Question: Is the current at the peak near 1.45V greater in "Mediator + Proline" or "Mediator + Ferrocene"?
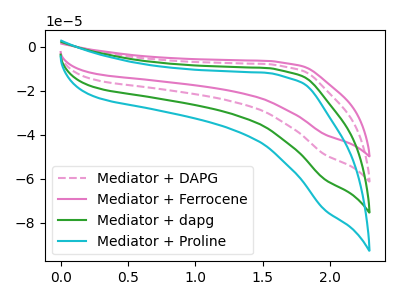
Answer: <think>The pink dashed curve "Mediator + DAPG" has no peaks. The pink curve "Mediator + Ferrocene" has no peaks. The green curve "Mediator + dapg" has no peaks. The cyan curve "Mediator + Proline" has no peaks.</think>
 <answer>"Mediator + Proline" and "Mediator + Ferrocene" dont share a peak at 1.45V.</answer>
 <eval>mismatch</eval>